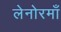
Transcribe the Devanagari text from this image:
लेनोरमाँ